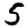
Digit: 5